Scientific memoirs by medical officers of the Army of India - Part VIII,
Year: 1894
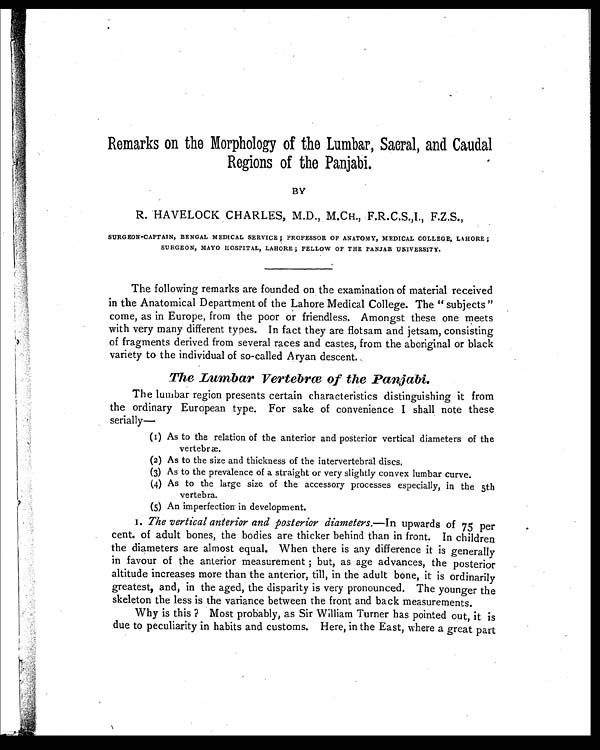
Remarks on the Morphology of the Lumbar, Sacral, and Caudal
Regions of the Panjabi.
BY
R. HAVELOCK CHARLES, M.D., M.CH., F.R.C.S.,I., F.Z.S.,
SURGEON-CAPTAIN, BENGAL MEDICAL SERVICE; PROFESSOR OF ANATOMY, MEDICAL COLLEGE, LAHORE;
SURGEON, MAYO HOSPITAL, LAHORE; FELLOW OF THE PANJAB UNIVERSITY.
The following remarks are founded on the examination of material received
in the Anatomical Department of the Lahore Medical College. The " subjects "
come, as in Europe, from the poor or friendless. Amongst these one meets
with very many different types. In fact they are flotsam and jetsam, consisting
of fragments derived from several races and castes, from the aboriginal or black
variety to the individual of so-called Aryan descent.
The Lumbar Vertebrae of the Panjabi.
The lumbar region presents certain characteristics distinguishing it from
the ordinary European type. For sake of convenience I shall note these
serially
(1) As to the relation of the anterior and posterior vertical diameters of the
vertebræ.
(2) As to the size and thickness of the intervertebral discs.
(3) As to the prevalence of a straight or very slightly convex lumbar curve.
(4) As to the large size of the accessory processes especially, in the 5th
vertebra.
(5) An imperfection in development.
1 .
T h e v e r t i c a l a n t e r i o r a n d p o s t e r i o r d i a m e t e r s .—
I n u p w a r d s o f 7 5 p e r
cent. of adult bones, the bodies are thicker behind than in front. In children
the diameters are almost equal. When there is any difference it is generally
in favour of the anterior measurement ; but, as age advances, the posterior
altitude increases more than the anterior, till, in the adult bone, it is ordinarily
greatest, and, in the aged, the disparity is very pronounced. The younger the
skeleton the less is the variance between the front and back measurements.
Why is this ? Most probably, as Sir William Turner has pointed out, it is
due to peculiarity in habits and customs. Here, in the East, where a great part